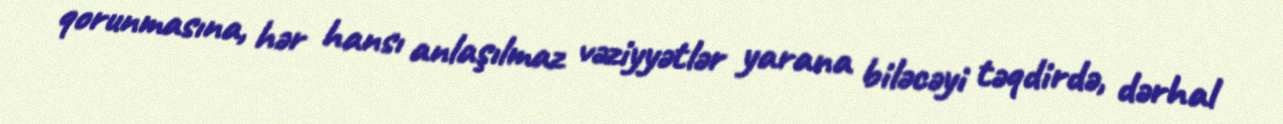
qorunmasına, hər hansı anlaşılmaz vəziyyətlər yarana biləcəyi təqdirdə, dərhal